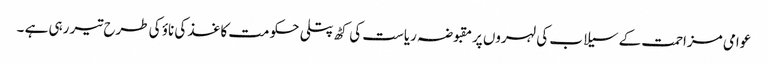
عوامی مزاحمت کے سیلاب کی لہروں پرمقبوضہ ریاست کی کٹھ پتلی حکومت کاغذ کی ناؤ کی طرح تیر رہی ہے ۔